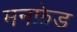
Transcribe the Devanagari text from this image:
मनफ्रेड